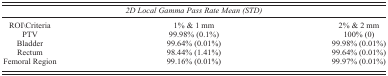
| <COLSPAN=3> 2D Local Gamma Pass Rate Mean (STD) |
 | --- | --- | --- |
 | ROI\Criteria | 1% & 1 mm | 2% & 2 mm |
 | PTV | 99.98% (0.1%) | 100% (0) |
 | Bladder | 99.64% (0.01%) | 99.98% (0.01%) |
 | Rectum | 98.44% (1.41%) | 99.64% (0.01%) |
 | Femoral Region | 99.16% (0.01%) | 99.97% (0.01%) |